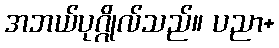
အဘယ်ပုဂ္ဂိုလ်သည်။ ပညာ+